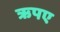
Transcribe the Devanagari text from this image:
ऋपए